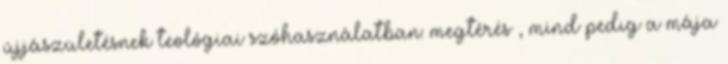
újjászületésnek teológiai szóhasználatban: megtérés , mind pedig a mája